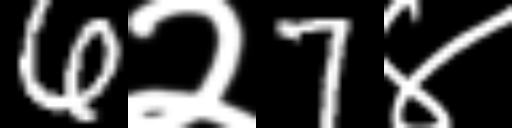
Text: 6२7४